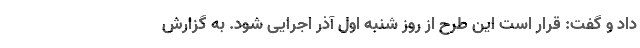
داد و گفت: قرار است این طرح از روز شنبه اول آذر اجرایی شود. به گزارش